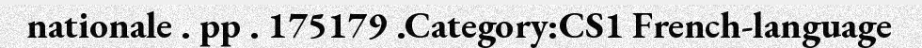
nationale . pp . 175179 .Category:CS1 French-language